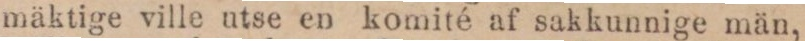
mäktige ville utse en komité af sakkunnige män,